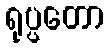
ရုပ္ပတော